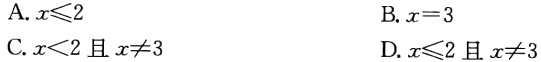
A. \(x\leqslant2\)

B. \(x = 3\)

C. \(x<2\) 且 \(x\neq3\)

D. \(x\leqslant2\) 且 \(x\neq3\)